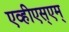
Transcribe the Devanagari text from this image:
एव्हीएस्एम्